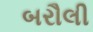
બરૌલી